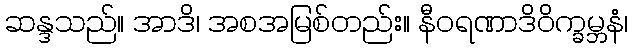
ဆန္ဒသည်။ အာဒိ၊ အစအမြစ်တည်း။ နီဝရဏာဒိဝိက္ခမ္ဘနံ၊